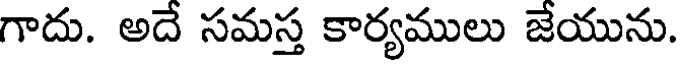
గాదు. అదే సమస్త కార్యములు జేయును.